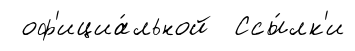
оф'ициа́льной Ссы́лк'и